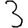
Digit: 3